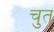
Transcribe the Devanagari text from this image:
चुत